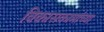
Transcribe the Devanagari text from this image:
विकासकामांच्या